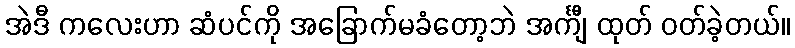
အဲဒီ ကလေးဟာ ဆံပင်ကို အခြောက်မခံတော့ဘဲ အင်္ကျီ ထုတ် ဝတ်ခဲ့တယ်။